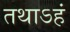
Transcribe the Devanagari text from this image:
तथाऽहं